Leaving Certificate Examination (including Day School Certificate (Higher) General paper), 1927
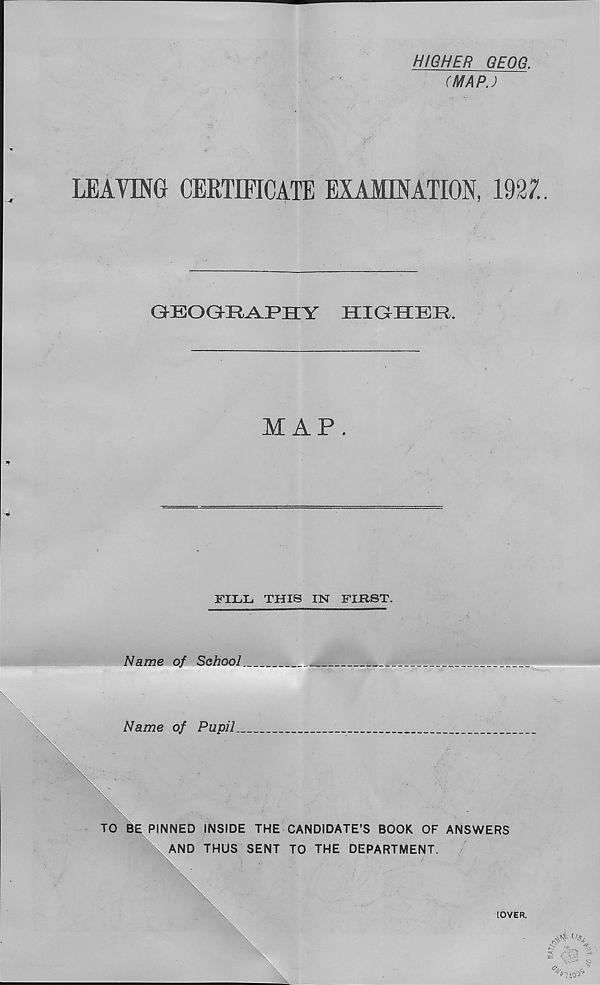
HIGHER GEOG.
(MAP.)
LEAVING CERTIFICATE EXAMINATION, 192Z.
GEOGKR-AJPHY
HIQHBR.
MAP.
FILL THIS IN FIRST.
Name of Sehool.
Name of Pupil.
TO BE PINNED INSIDE THE CANDIDATE’S BOOK OF ANSWERS
AND THUS SENT TO THE DEPARTMENT.
[OVER.